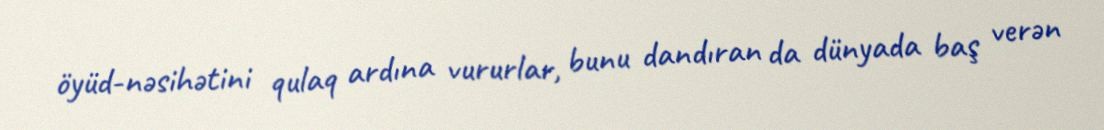
öyüd-nəsihətini qulaq ardına vururlar, bunu dandıran da dünyada baş verən